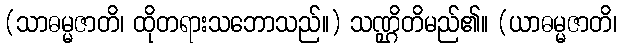
(သာဓမ္မဇာတိ၊ ထိုတရားသဘောသည်။) သဏ္ဌိတိမည်၏။ (ယာဓမ္မဇာတိ၊